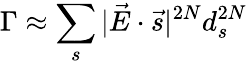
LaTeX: \Gamma\approx\sum_{s}|\vec{E}\cdot\vec{s}|^{2N}d_{s}^{2N}